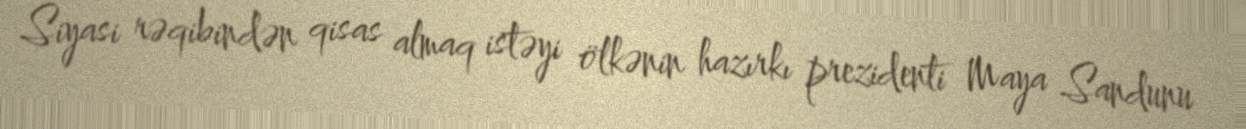
Siyasi rəqibindən qisas almaq istəyi ölkənin hazırkı prezidenti Maya Sandunu